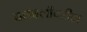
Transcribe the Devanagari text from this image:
दलदलीवरील